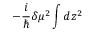
- \frac { i } { \hbar } \delta \mu ^ { 2 } \int d z ^ { 2 }